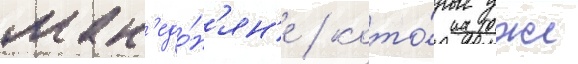
мак'едо́н'ян'е / кото́рые уже